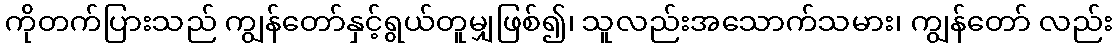
ကိုတက်ပြားသည် ကျွန်တော်နှင့်ရွယ်တူမျှဖြစ်၍၊ သူလည်းအသောက်သမား၊ ကျွန်တော် လည်း